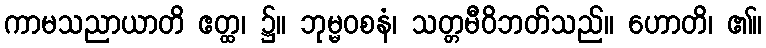
ကာမသညာယာတိ ဧတ္ထ၊ ၌။ ဘုမ္မဝစနံ၊ သတ္တမီဝိဘတ်သည်။ ဟောတိ၊ ၏။